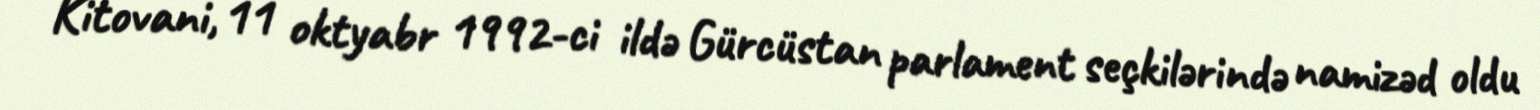
Kitovani, 11 oktyabr 1992-ci ildə Gürcüstan parlament seçkilərində namizəd oldu